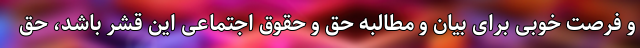
و فرصت خوبی برای بیان و مطالبه حق و حقوق اجتماعی این قشر باشد، حق